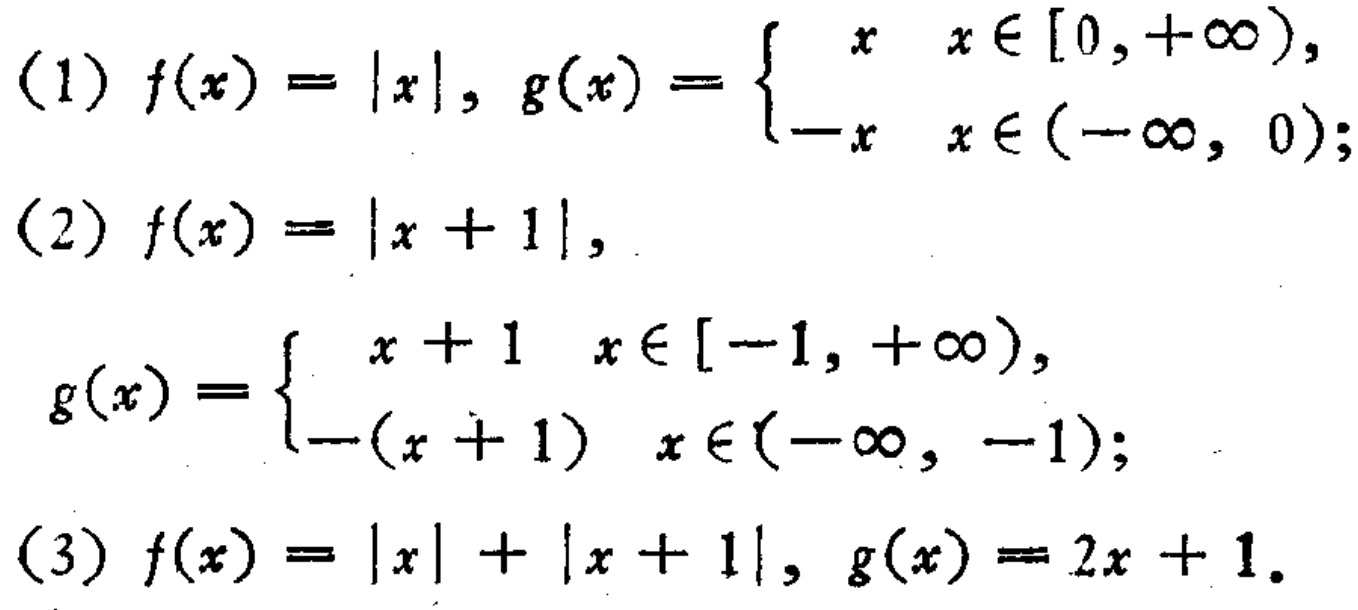
(1) \(f(x) = |x|\), \(g(x)=\begin{cases}x & x\in[0,+\infty),\\-x & x\in(-\infty,0);\end{cases}\)

(2) \(f(x)=|x + 1|\),

\(g(x)=\begin{cases}x + 1 & x\in[-1,+\infty),\\-(x + 1) & x\in(-\infty,-1);\end{cases}\)

(3) \(f(x)=|x|+|x + 1|\), \(g(x)=2x + 1\).